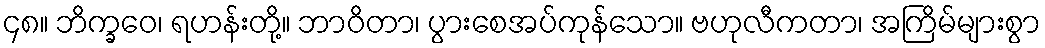
၄၈။ ဘိက္ခဝေ၊ ရဟန်းတို့။ ဘာဝိတာ၊ ပွားစေအပ်ကုန်သော။ ဗဟုလီကတာ၊ အကြိမ်များစွာ